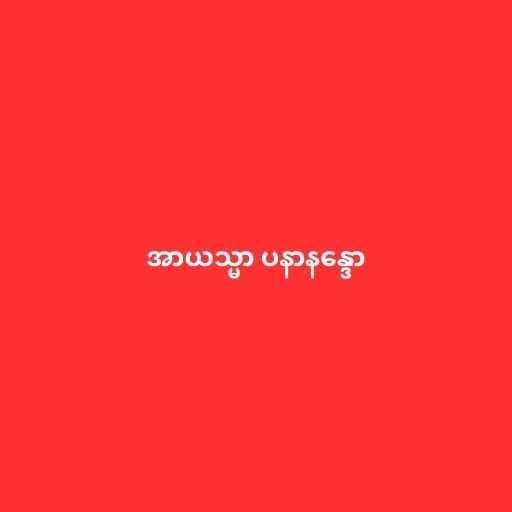
အာယသ္မာ ပနာနန္ဒော